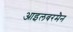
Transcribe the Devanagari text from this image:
आइलबरमैन